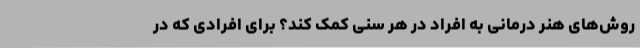
روش‌های هنر درمانی به افراد در هر سنی کمک کند؟ برای افرادی که در